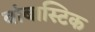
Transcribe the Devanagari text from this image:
बांबास्टिक